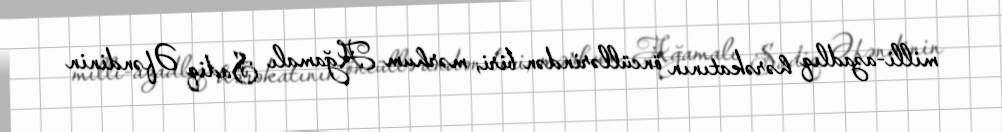
milli-azadlıq hərəkatının öncüllərindən biri, mərhum Ağamalı Sadiq Əfəndinin